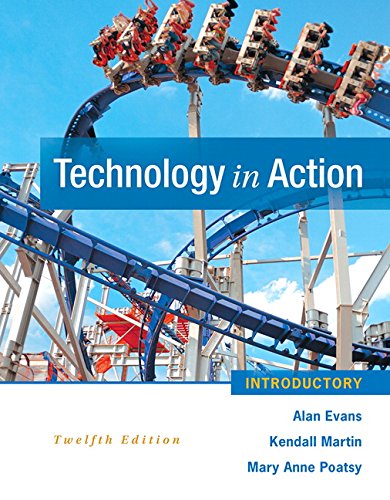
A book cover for Technology In Action Introductory (12th Edition); Alan Evans; Business & Money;